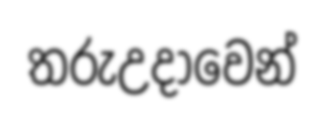
තරුඋදාවෙන්